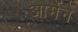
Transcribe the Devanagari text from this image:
आर्मेने